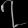
Digit: ၇